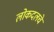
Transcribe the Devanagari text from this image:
लोकदलचे